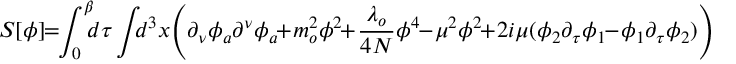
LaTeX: S [ \phi ] \! \! = \! \! \int _ { 0 } ^ { \beta } \! \! \! d \tau \int \! \! \! d ^ { 3 } x \! \left( \partial _ { \nu } \phi _ { a } \partial ^ { \nu } \phi _ { a } \! \! + \! m _ { o } ^ { 2 } \phi ^ { 2 } \! \! + \! \frac { \lambda _ { o } } { 4 N } \phi ^ { 4 } \! \! - \! \mu ^ { 2 } \phi ^ { 2 } \! \! + \! 2 i \mu ( \phi _ { 2 } \partial _ { \tau } \phi _ { 1 } \! \! - \! \phi _ { 1 } \partial _ { \tau } \phi _ { 2 } ) \right)